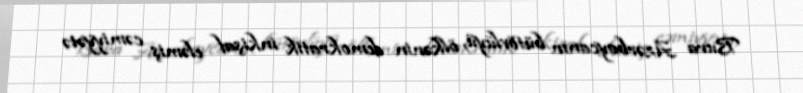
Bura Azərbaycanın bütövlüyü, ölkənin demokratik inkişaf eləmiş cəmiyyətə